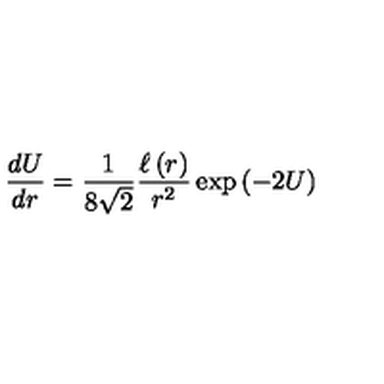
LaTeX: \frac { d U } { d r } = { \frac { 1 } { 8 \sqrt { 2 } } } { \frac { \ell \left( r \right) } { r ^ { 2 } } } \exp \left( - 2 U \right)